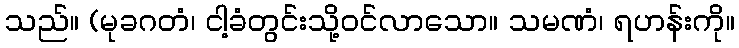
သည်။ (မုခဂတံ၊ ငါ့ခံတွင်းသို့ဝင်လာသော။ သမဏံ၊ ရဟန်းကို။